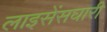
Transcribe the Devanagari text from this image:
लाइसेंसघारी